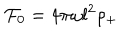
{ \cal F } _ { 0 } = 4 \pi \omega l ^ { 2 } \rho _ { + }